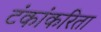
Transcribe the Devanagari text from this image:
टंकांकरिता